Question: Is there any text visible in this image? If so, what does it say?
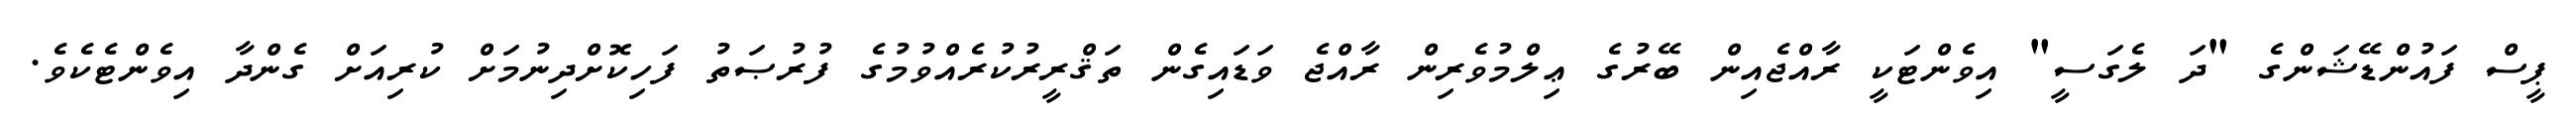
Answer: ޕީސް ފައުންޑޭޝަންގެ "ދަ ލެގަސީ" އިވެންޓަކީ ރާއްޖެއިން ބޭރުގެ ޢިލްމުވެރިން ރާއްޖެ ވަޑައިގެން ތަޤްރީރުކުރެއްވުމުގެ ފުރުޞަތު ފަހިކޮށްދިނުމަށް ކުރިއަށް ގެންދާ އިވެންޓެކެވެ.